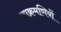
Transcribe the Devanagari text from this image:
आक्रमणियों